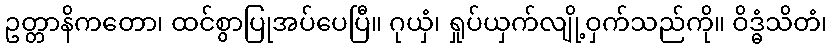
ဥတ္တာနိကတော၊ ထင်စွာပြုအပ်ပေပြီ။ ဂုယှံ၊ ရှုပ်ယှက်လျို့ဝှက်သည်ကို။ ဝိဒ္ဓံသိတံ၊